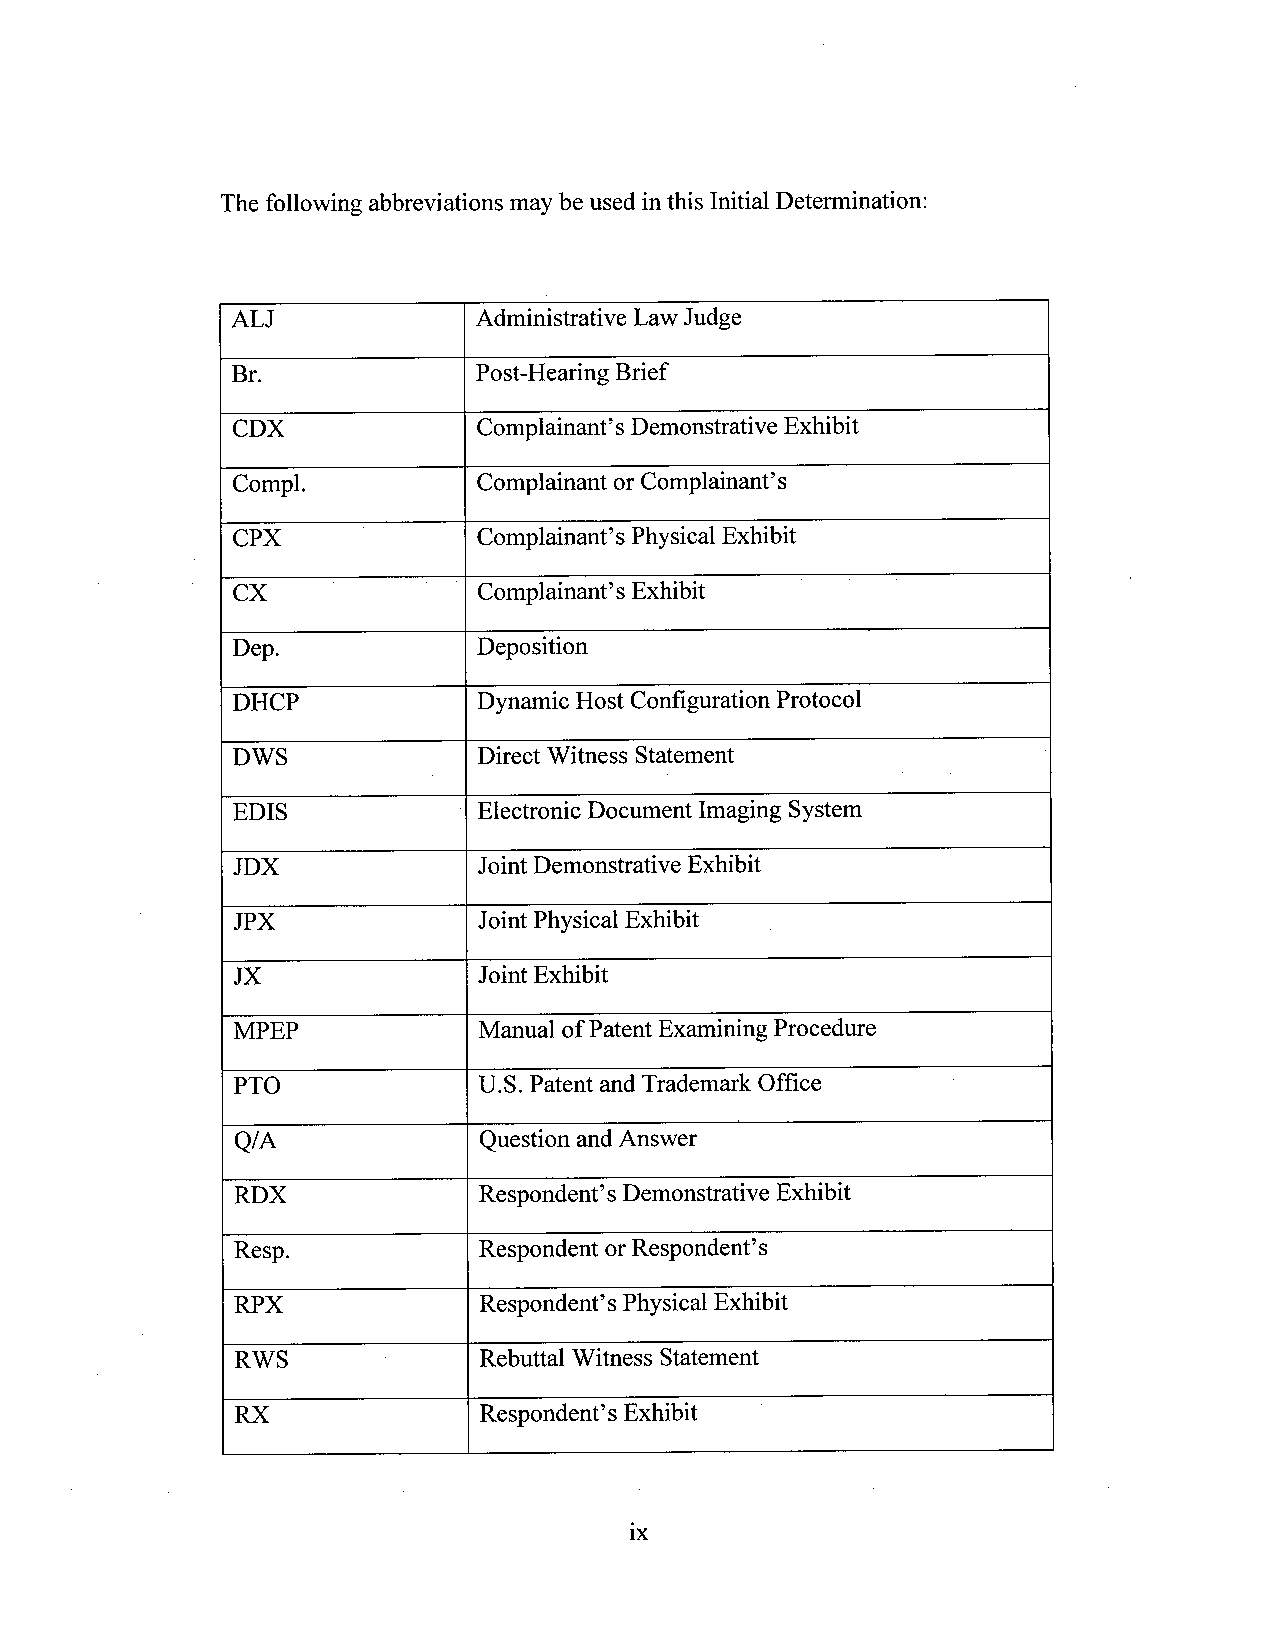
The following abbreviations maybe used inthis lnitial Determination
 ALJ              Administrative Law Judge
 Br.              Post-Hearing Brief
 CDX              Complainant’s DemonstrativeExhibit
 Compl.           Complainant or Complainant’s
 CPX              Complainant’s PhysicalExhibit
 CX               Complainant’s Exhibit D
 Dep.             Deposition
 DHCP             Dynamic Host Configuration Protocol
 DWS              Direct Witness Statement
 EDIS             Electronic Document Imaging System
 JDX              Joint Demonstrative Exhibit
 JPX              Joint Physical Exhibit
 JX               JointExhibit
 MPEP             Manual ofPatent ExaminingProcedure
 PTO             U.S. Patent and Trademark Office
 Q/A             Question and Answer
 RDX             Respondent’s DemonstrativeExhibit
 Resp.           Respondent orRespondent’s
 RPX             Respondent’s PhysicalExhibit
 RWS             Rebuttal Witness Statement
 RX              Respondent’s Exhibit
 ix